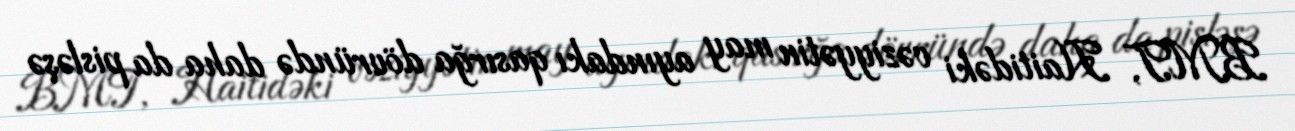
BMT, Haitidəki vəziyyətin may ayındakı qasırğa dövründə daha da pisləşə